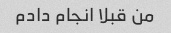
من قبلا انجام دادم